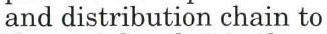
and distribution chain to